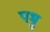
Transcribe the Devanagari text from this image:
पभु